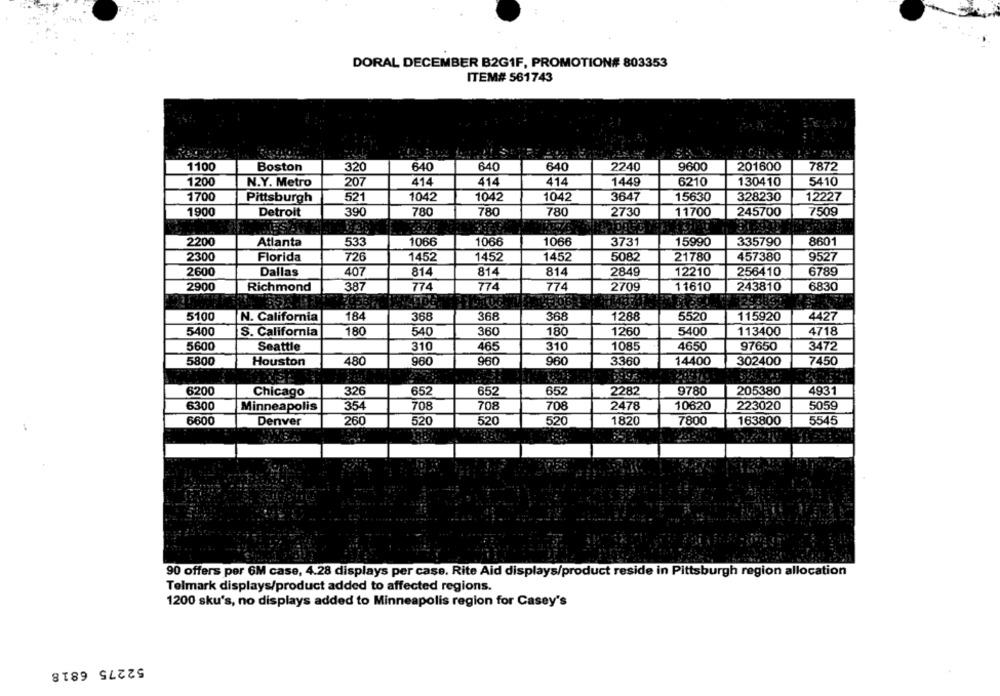
DORAL DECEMBER B2GIF, PROMOTION# 803353
ITEM# 561743
1100
320
640
640
640
2240
9600
201600
7872
Boston
414
1200
N.Y. Metro
207
414
414
1449
6210
130410
5410
1700
Pittsburgh
521
1042
1042
1042
3647
15630
328230
12227
1900
Detroit
390
780
780
780
2730
11700
245700
7509
2200
Atlanta
533
1066
1066
1066
3731
15990
335790
8601
2300
Florida
726
1452
1452
1452
5082
21780
457380
9527
2600
Dallas
407
814
814
814
2849
12210
6789
256410
774
6830
2900
Richmond
387
774
774
2709
11610
243810
5100
N. California
184
368
368
368
1288
5520
115920
4427
5400
S. California
180
540
360
180
1260
5400
113400
4718
5600
Seattle
310
465
310
1085
4650
97650
3472
5800
Houston
480
960
960
960
3360
14400
302400
7450
6200
Chicago
326
652
652
652
2282
9780
205380
4931
6300
Minneapolis
354
708
708
708
2478
10620
223020
5059
6600
Denver
260
520
520
520
1820
7800
163800
5545
90 offers per 6M case, 4.28 displays per case. Rite Aid displays/product reside in Pittsburgh region allocation
Telmark displays/product added to affected regions.
1200 sku's, no displays added to Minneapolis region for Casey's
52275 6818